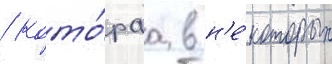
/ кото́раа в н'е́которых